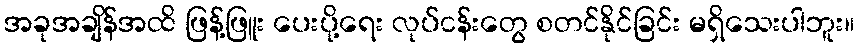
အခုအချိန်အထိ ဖြန့်ဖြူး ပေးပို့ရေး လုပ်ငန်းတွေ စတင်နိုင်ခြင်း မရှိသေးပါဘူး။